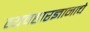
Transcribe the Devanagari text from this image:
व्यवहारज्ञानाचे